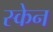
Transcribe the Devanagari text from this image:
स्‍केन